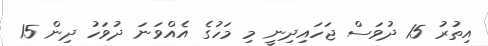
އިތުރު 15 ދުވަސް ޖަހައިދިނީ މި މަހުގެ އެއްވަނަ ދުވަހު ދިން 15